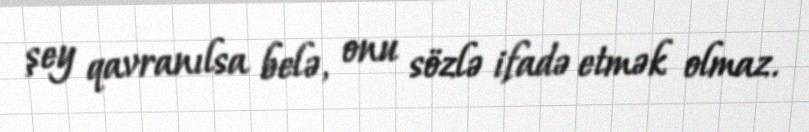
şey qavranılsa belə, onu sözlə ifadə etmək olmaz.